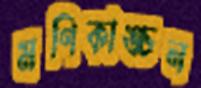
মণিকাঙ্চন